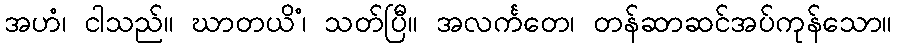
အဟံ၊ ငါသည်။ ဃာတယိံ၊ သတ်ပြီ။ အလင်္ကတေ၊ တန်ဆာဆင်အပ်ကုန်သော။